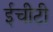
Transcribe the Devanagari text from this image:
ईचीटी